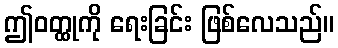
ဤဝတ္ထုကို ရေးခြင်း ဖြစ်လေသည်။